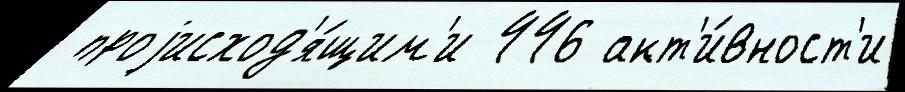
 проjисход'я́щим'и 446 акт'и́вност'и